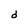
Character: d